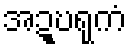
အဍ္ဎရုကံ